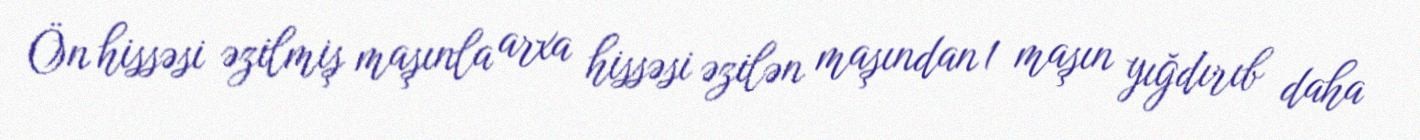
Ön hissəsi əzilmiş maşınla arxa hissəsi əzilən maşından 1 maşın yığdırıb daha